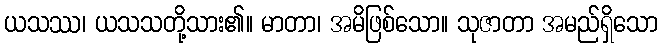
ယသဿ၊ ယသသတို့သား၏။ မာတာ၊ အမိဖြစ်သော။ သုဇာတာ အမည်ရှိသော